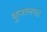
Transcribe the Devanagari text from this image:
कुशलगढ